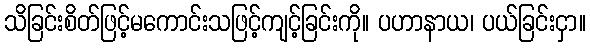
သိခြင်းစိတ်ဖြင့်မကောင်းသဖြင့်ကျင့်ခြင်းကို။ ပဟာနာယ၊ ပယ်ခြင်းငှာ။